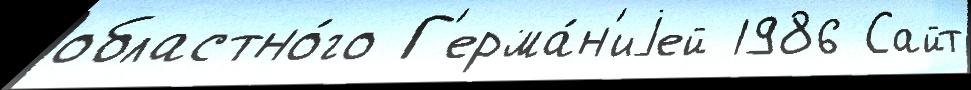
областно́го Г'ерма́н'иjей 1986 Сайт